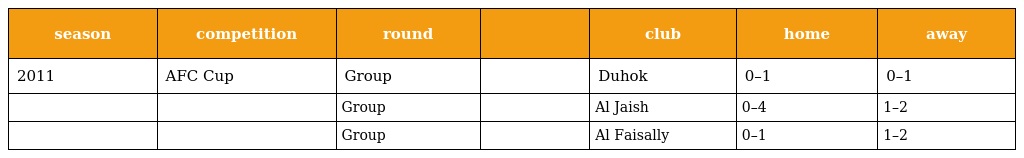
| season | competition | round |  | club | home | away |
 | --- | --- | --- | --- | --- | --- | --- |
 | 2011 | AFC Cup | Group |  | Duhok | 0–1 | 0–1 |
 |  |  | Group |  | Al Jaish | 0–4 | 1–2 |
 |  |  | Group |  | Al Faisally | 0–1 | 1–2 |